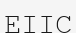
ЕІІС